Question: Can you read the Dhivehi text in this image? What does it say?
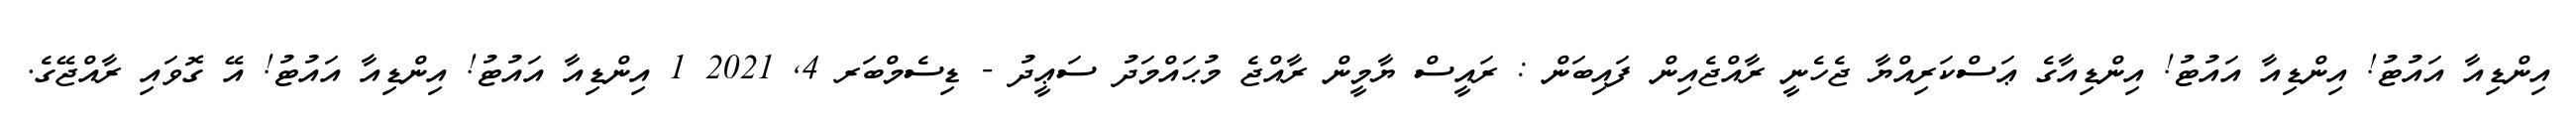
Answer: އިންޑިއާ އައުޓު! އިންޑިއާ އައުޓު! އިންޑިއާގެ ޢަސްކަރިއްޔާ ޖެހެނީ ރާއްޖެއިން ފައިބަން : ރައީސް ޔާމީން ރާއްޖެ މުޙައްމަދު ސަޢީދު - ޑިސެމްބަރ 4, 2021 1 އިންޑިއާ އައުޓު! އިންޑިއާ އައުޓު! އޭ ގޮވައި ރާއްޖޭގެ.